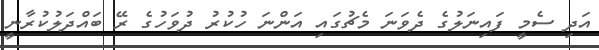
އަދި ސެމީ ފައިނަލުގެ ދެވަނަ މެޗުގައި އަންނަ ހުކުރު ދުވަހުގެ ރޭ ބައްދަލުކުރާނީ